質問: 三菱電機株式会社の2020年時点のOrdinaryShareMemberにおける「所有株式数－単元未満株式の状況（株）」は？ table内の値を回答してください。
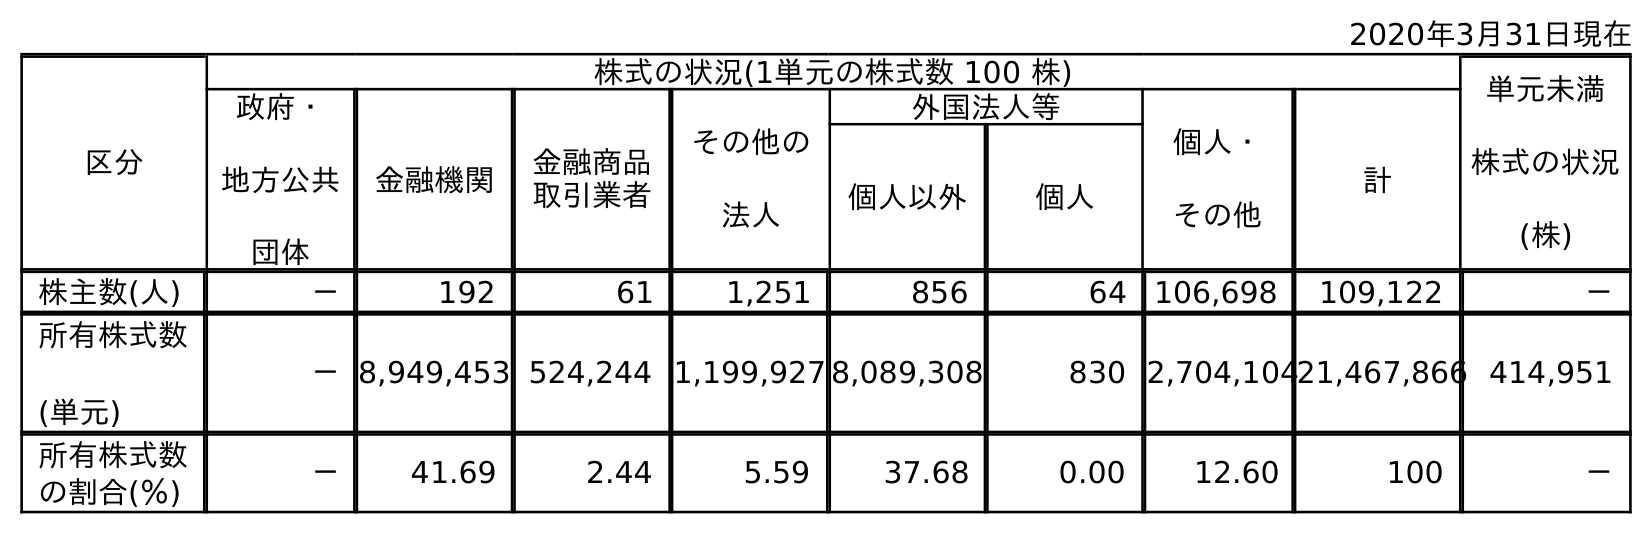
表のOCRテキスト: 2020年3月31日現在 区分 株式の状況(1単元の株式数 100 株) 単元未満 株式の状況 (株) 政府・ 地方公共 団体 金融機関 金融商品 取引業者 その他の 法人 外国法人等 個人・ その他 計 個人以外 個人 株主数(人) － 192 61 1,251 856 64 106,698 109,122 － 所有株式数 (単元) －8,949,453 524,244 1,199,927 8,089,308 830 2,704,10421,467,866 414,951 所有株式数 の割合(％) － 41.69 2.44 5.59 37.68 0.00 12.60 100 －
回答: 414,951